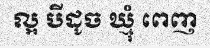
ល្អ បីដូច ឃ្មុំ ពេញ